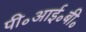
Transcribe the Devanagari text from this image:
पी॰आई॰बी॰